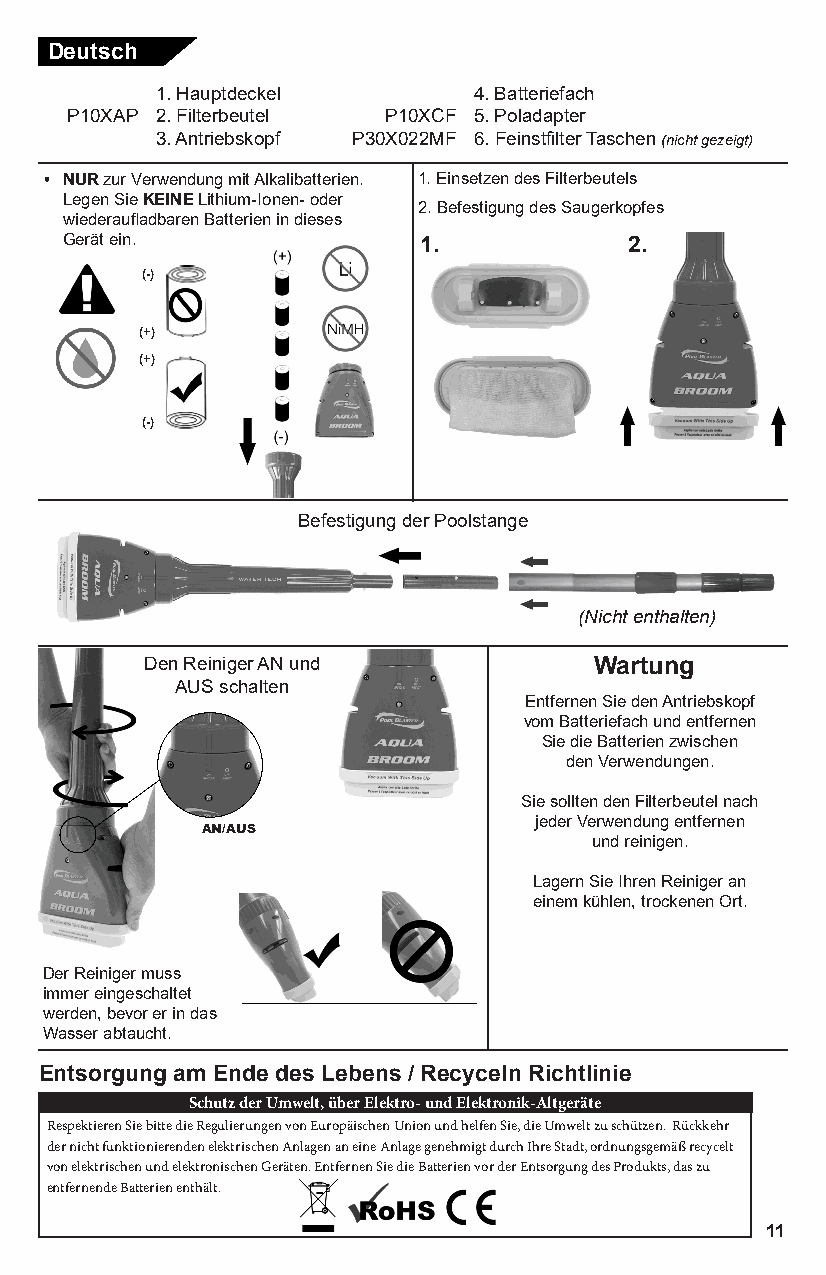
Deutsch
 1. Hauptdeckel       4. Batteriefach
 P10XAP 2. Filterbeutel P10XCF 5. Poladapter
 3. Antriebskopf P30X022MF 6. Feinstfilter Taschen (nicht gezeigt)
 • NUR zur Verwendung mit Alkalibatterien. 1. Einsetzen des Filterbeutels
 Legen Sie KEINE Lithium-Ionen- oder
 2. Befestigung des Saugerkopfes
 wiederaufladbaren Batterien in dieses
 Gerät ein.              1.            2.
 (-)
 (+)
 (+)
 (-)
 Befestigung der Poolstange
 (Nicht enthalten)
 Den Reiniger AN und          Wartung
 AUS schalten
 Entfernen Sie den Antriebskopf
 vom Batteriefach und entfernen
 Sie die Batterien zwischen
 den Verwendungen.
 Sie sollten den Filterbeutel nach
 jeder Verwendung entfernen
 AN/AUS
 und reinigen.
 Lagern Sie Ihren Reiniger an
 einem kühlen, trockenen Ort.
 Der Reiniger muss
 immer eingeschaltet
 werden, bevor er in das
 Wasser abtaucht.
 Entsorgung am Ende des Lebens / Recyceln Richtlinie
 Schutz der Umwelt, über Elektro- und Elektronik-Altgeräte
 Respektieren Sie bitte die Regulierungen von Europäischen Union und helfen Sie, die Umwelt zu schützen. Rückkehr
 der nicht funktionierenden elektrischen Anlagen an eine Anlage genehmigt durch Ihre Stadt, ordnungsgemäß recycelt
 von elektrischen und elektronischen Geräten. Entfernen Sie die Batterien vor der Entsorgung des Produkts, das zu
 entfernende Batterien enthält.
 11